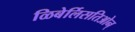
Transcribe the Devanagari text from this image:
ळिबेर्लिसतिओन्